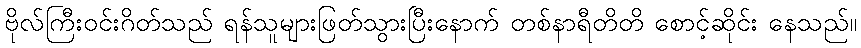
ဗိုလ်ကြီးဝင်းဂိတ်သည် ရန်သူများဖြတ်သွားပြီးနောက် တစ်နာရီတိတိ စောင့်ဆိုင်း နေသည်။